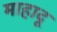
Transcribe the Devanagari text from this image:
माहादू